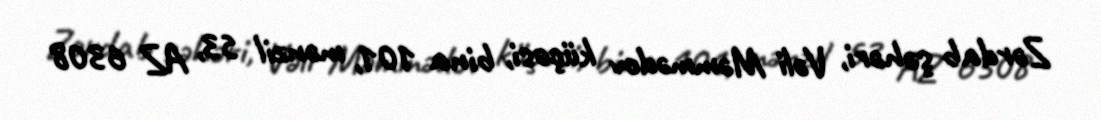
Zərdab şəhəri, Vəli Məmmədov küçəsi, bina 101, mənzil 53, AZ 6308